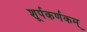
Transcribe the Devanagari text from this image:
शूर्पकर्णकम्